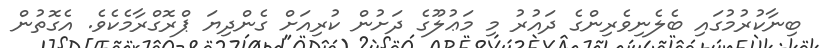
ބިނާކުރުމުގައި ބެލެނިވެރިންގެ ދައުރު މި މަޢުލޫގެ ދަށުން ކުރިއަށް ގެންދިޔަ ޕްރޮގްރާމެކެވެ. އެގޮތުން